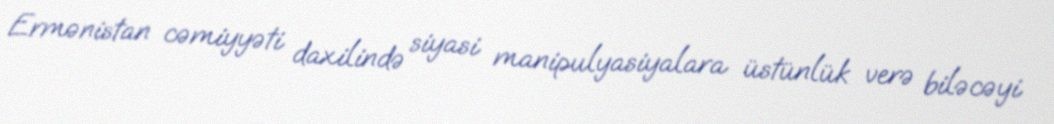
Ermənistan cəmiyyəti daxilində siyasi manipulyasiyalara üstünlük verə biləcəyi